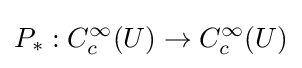
P_{*}:C_{c}^{\infty }(U)\to C_{c}^{\infty }(U)